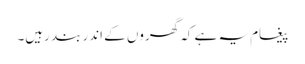
پیغام یہ ہے کہ گھروں کے اندر بند رہیں۔